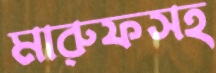
মারুফসহ